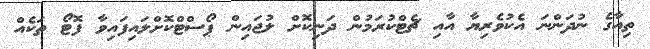
ތިއާގެ ނުދަންނަ އެކުވެރިޔާ އާއި ޗެޓްކުރަމުން ދަނިކޮށް ލުޖައިން ޕޯސްޓްކޮށްލައިފައިވާ ފޮޓޯ ތަކެއް